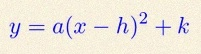
y=a(x-h)^2+k